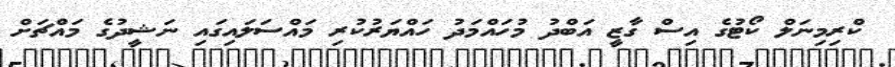
ކްރިމިނަލް ކޯޓުގެ އިސް ގާޒީ އަބްދު މުހައްމަދު ހައްޔަރުކުރި މައްސަލައިގައި ނަޝީދުގެ މައްޗަށް